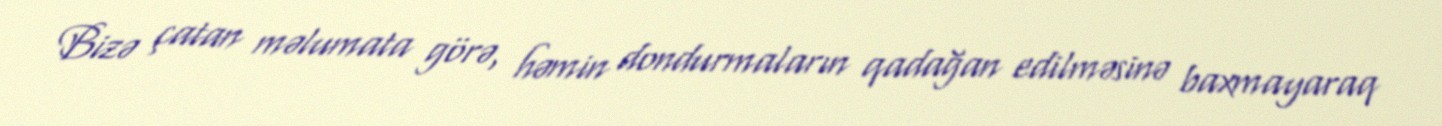
Bizə çatan məlumata görə, həmin dondurmaların qadağan edilməsinə baxmayaraq